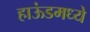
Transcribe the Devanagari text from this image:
हाऊंडमध्ये